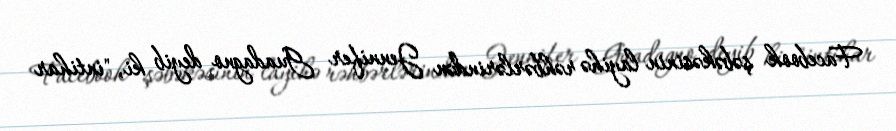
Facebook şəbəkəsinin layihə rəhbərlərindən Jennifer Guadagno deyib ki, "intihar